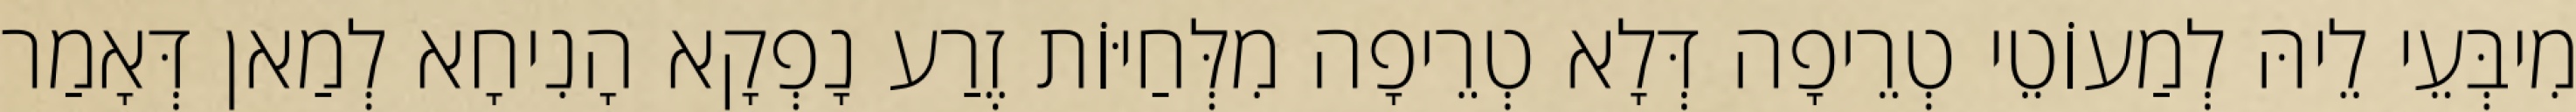
מִיבְּעֵי לֵיהּ לְמַעוֹטֵי טְרֵיפָה דְּלָא טְרֵיפָה מִלְּחַיּוֹת זֶרַע נָפְקָא הָנִיחָא לְמַאן דְּאָמַר